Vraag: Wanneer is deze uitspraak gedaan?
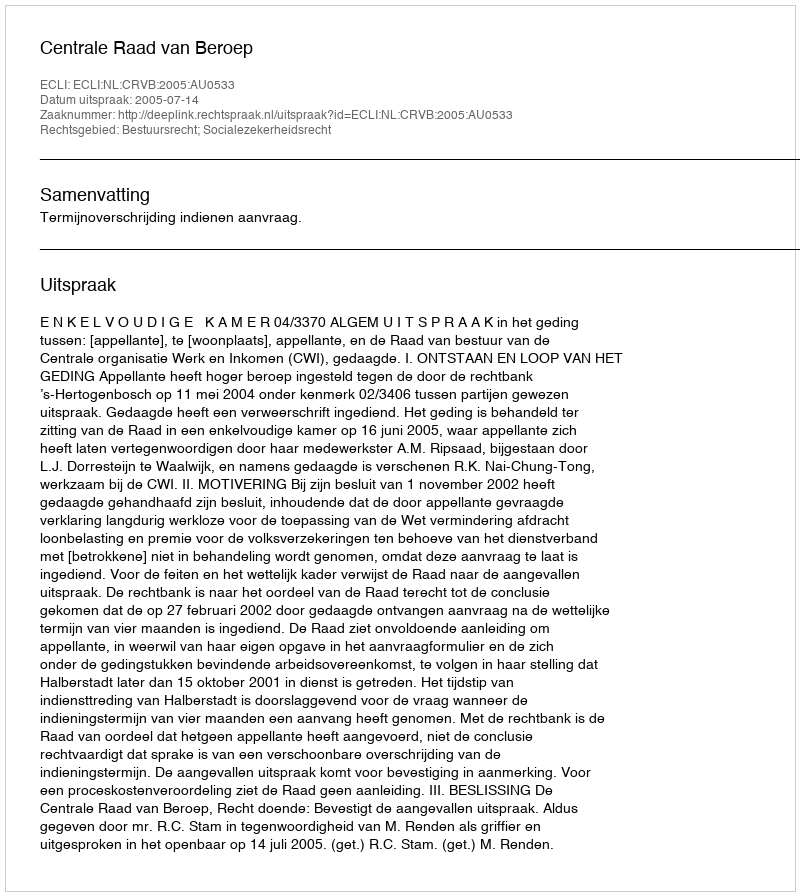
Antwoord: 2005-07-14